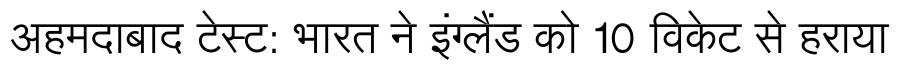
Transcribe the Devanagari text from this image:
अहमदाबाद टेस्ट: भारत ने इंग्लैंड को 10 विकेट से हराया